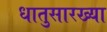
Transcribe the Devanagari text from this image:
धातुसारख्या